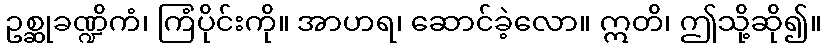
ဥစ္ဆုခဏ္ဍိကံ၊ ကြံပိုင်းကို။ အာဟရ၊ ဆောင်ခဲ့လော။ ဣတိ၊ ဤသို့ဆို၍။